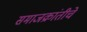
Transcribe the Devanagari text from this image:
समाजक्रांतीचे